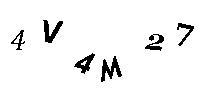
4V4M27